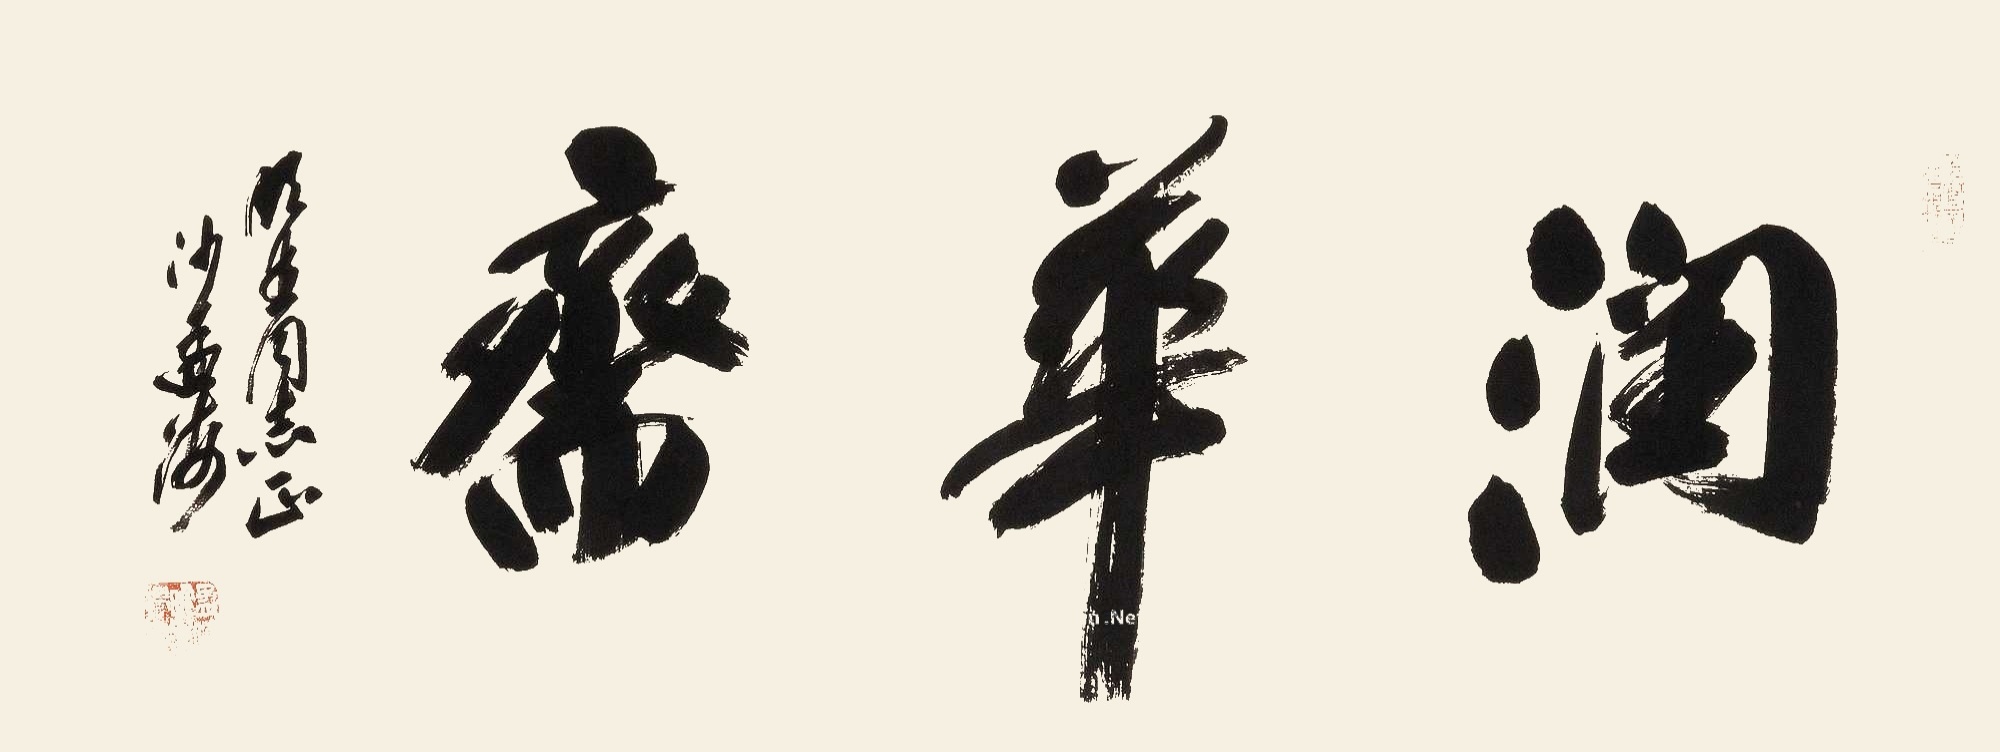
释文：润华斋。明生同志正，沙孟海。